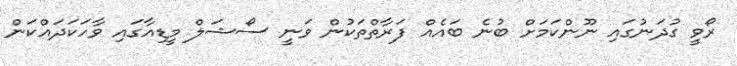
ރޯވީ ގުދަނުގައި ނޫންކަމަށް ބުނެ ބައެއް ފަރާތްތަކުން ވަނީ ސޯޝަލް މީޑިއާގައި ވާހަކަދައްކަން